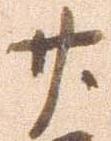
廿